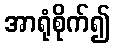
အာရုံစိုက်၍